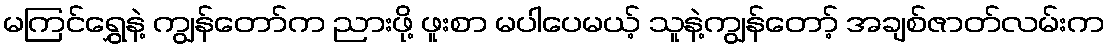
မကြင်ရွှေနဲ့ ကျွန်တော်က ညားဖို့ ဖူးစာ မပါပေမယ့် သူနဲ့ကျွန်တော့် အချစ်ဇာတ်လမ်းက